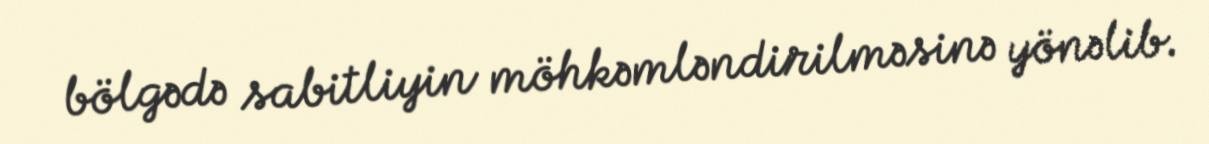
bölgədə sabitliyin möhkəmləndirilməsinə yönəlib.